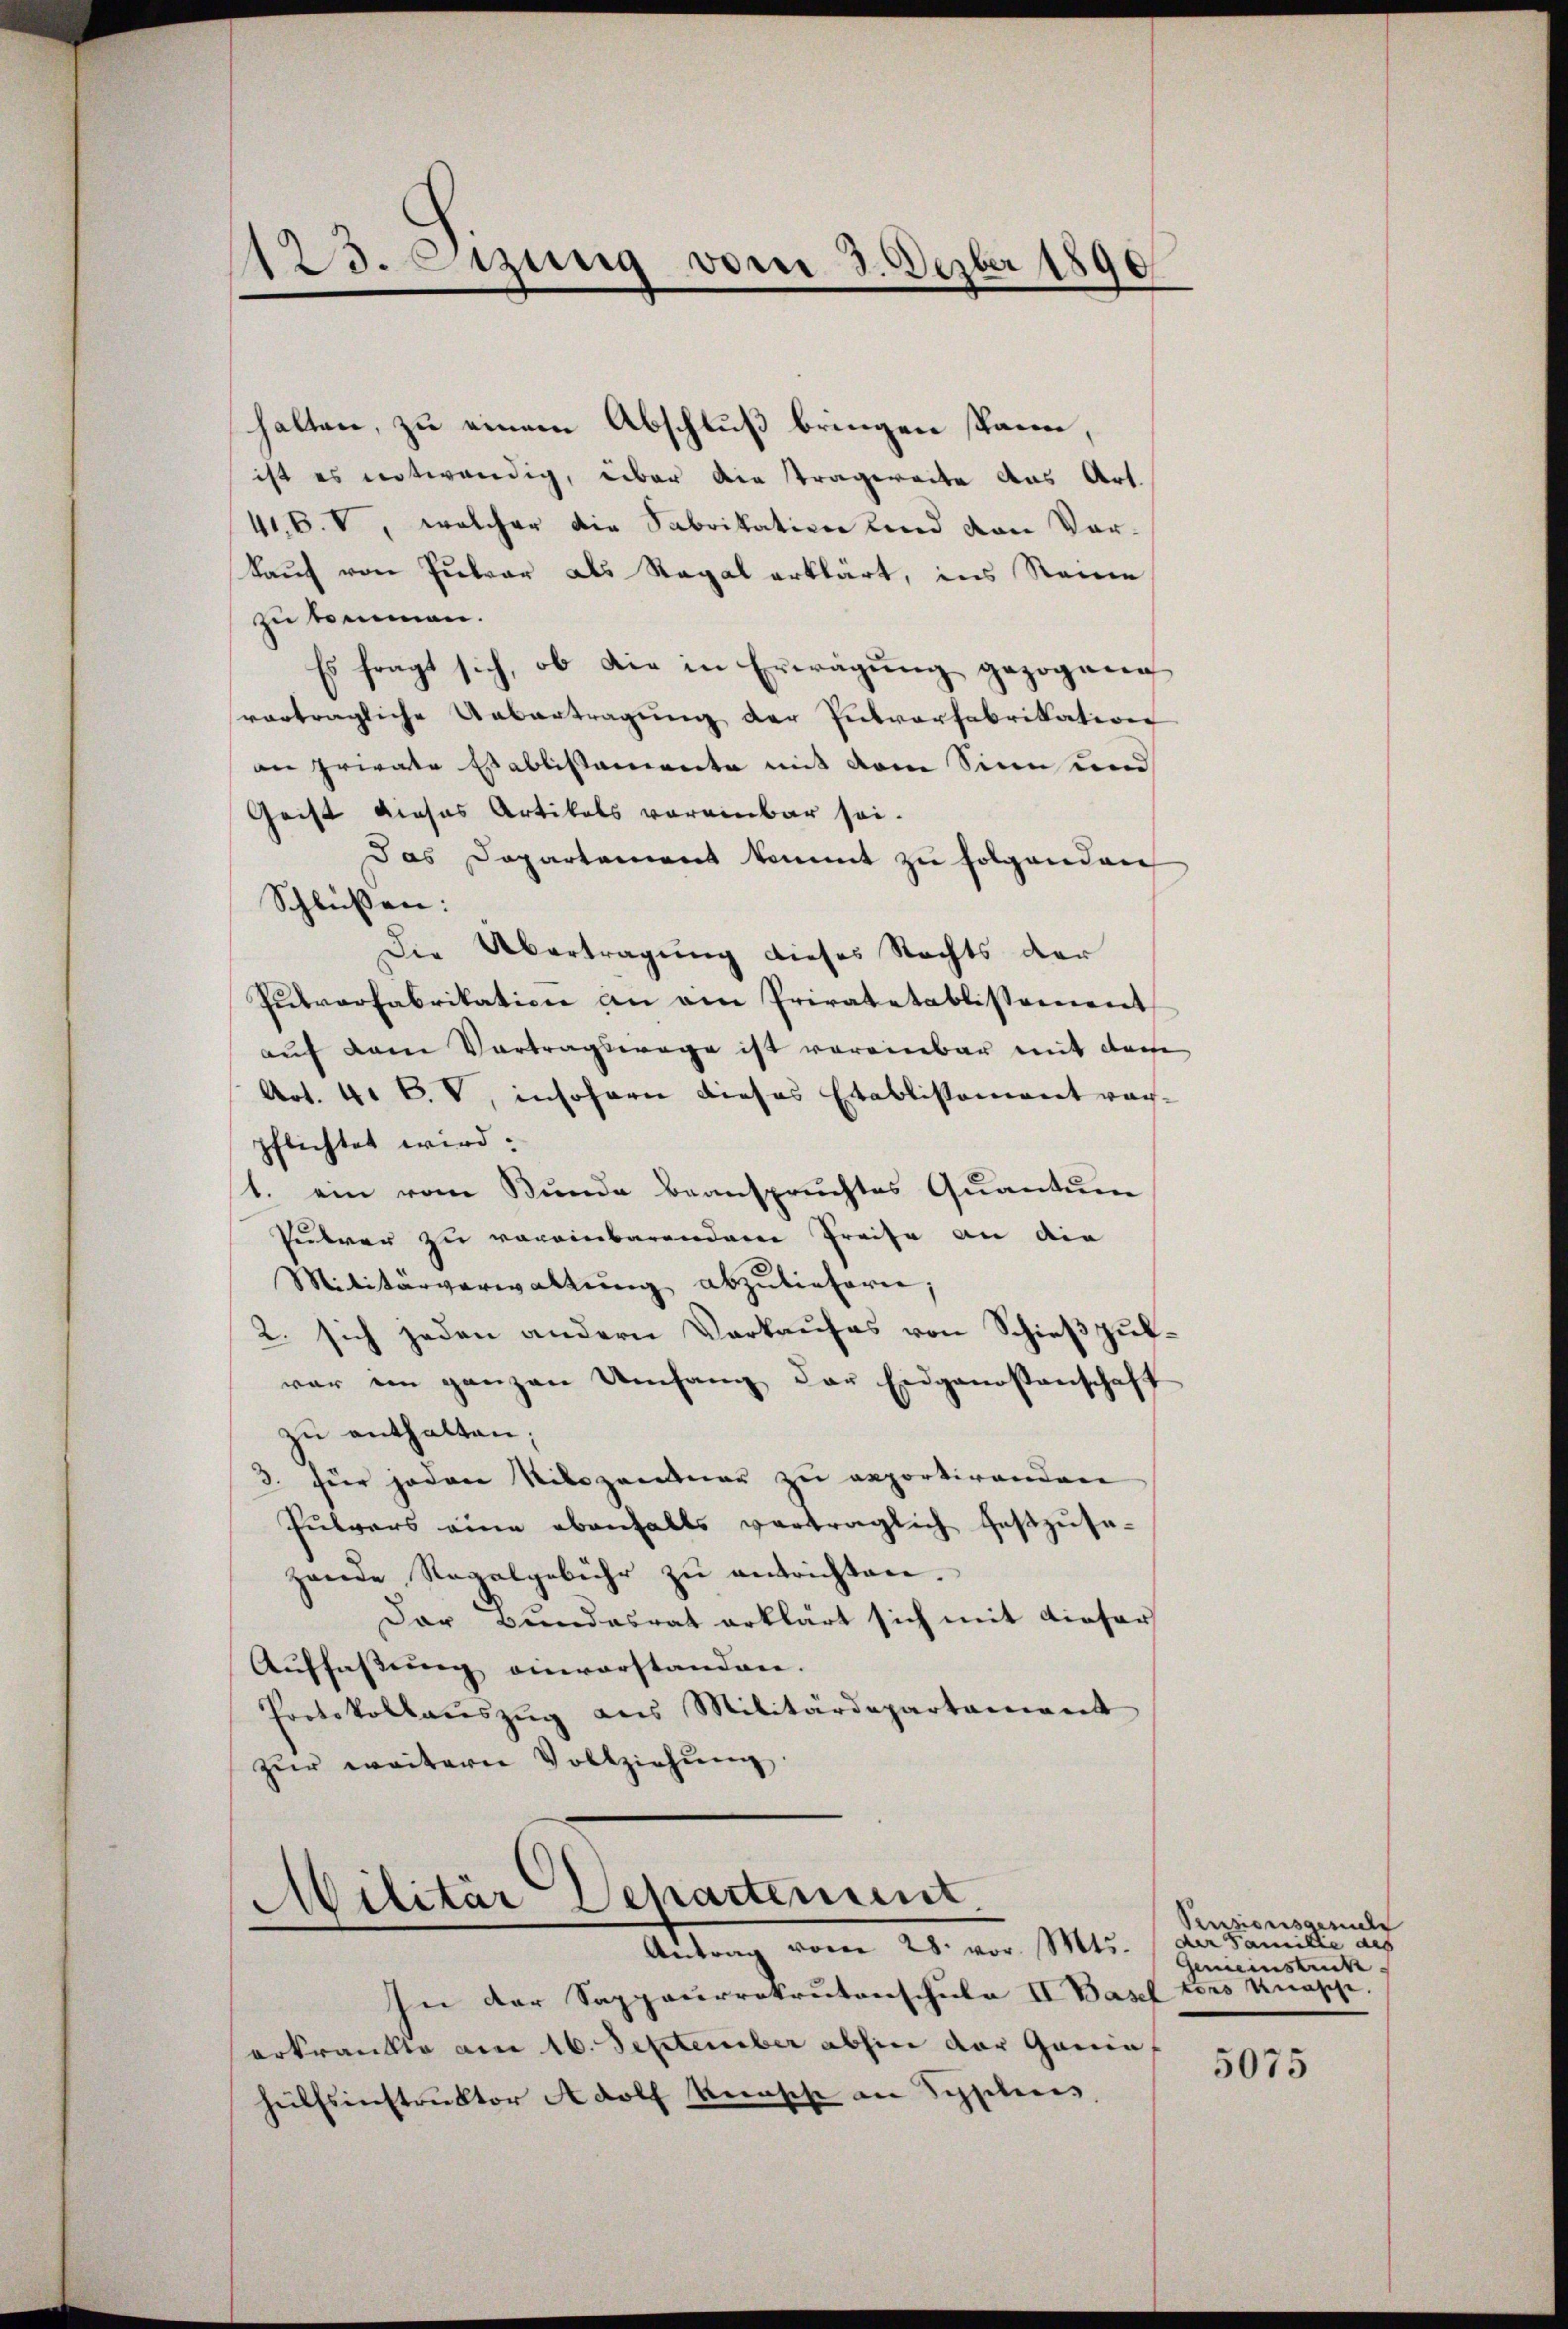
123. Sizung vom 3. Dezber
1890

ist es notwendig, über die tragereite aus Art.
416. V welcher die Fabrikation und von Vor-
kauf von Pubrar als Regal erklärt, ins Reine
zu kommen.
Es fragt sich, ob die in Erwägung gezogene
vorträgliche Uebertragung der Putverfabrikation
an private Establistamente mit dem Sinn und
Geist dieses Artikels voreinbar sei.
Das Departement kommt zu folgenden
Schlüßen:
Die Übertragung dieses Rechts der
Putverfabrikation an am Priratetablissement
auf dem Vortragswage ist voreinbar mit derse
Art. 4. C. V, insofern dieses Etablissement wach-
pflichtet wird:
1. ein vom Bunde beanspruchtes Quantum
Pulver zu vereinbarendere Preise an die
Militärverwaltŭng abzuliefern;
2. sich jeden andern Verkaufes von Schießpukvar im ganzen Umfang der Eidgenossenschaft
zu enthalten;
3. für jeden Nikozatuor zu exportirenden
Pulvers eine ebenfalls vertraglich festzŭsa-
zende Regalgebühr zŭ entrichten.
Dar Bundesrat erklärt sich mit Liefer
Auffassung einvorstanden.
Protokollaŭszŭg ans Militärdepartament
zur weitern Vollziehung.

halten, zu einem Abschluß bringen kann,

Militär Departement
e
Antrag vom 28. vor. Mts. der Familie des

In der Sappaurrokrutenschule II Basel tons Knapp.
erkrankte am 16. September abhin der Gania,
Heilssinstruktor Adolf Künsche an Syphilis,

Pensionsgesucht
Gemeinstruck.

5075